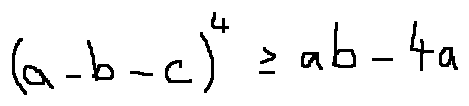
( a - b - c ) ^ { 4 } \geq a b - 4 a